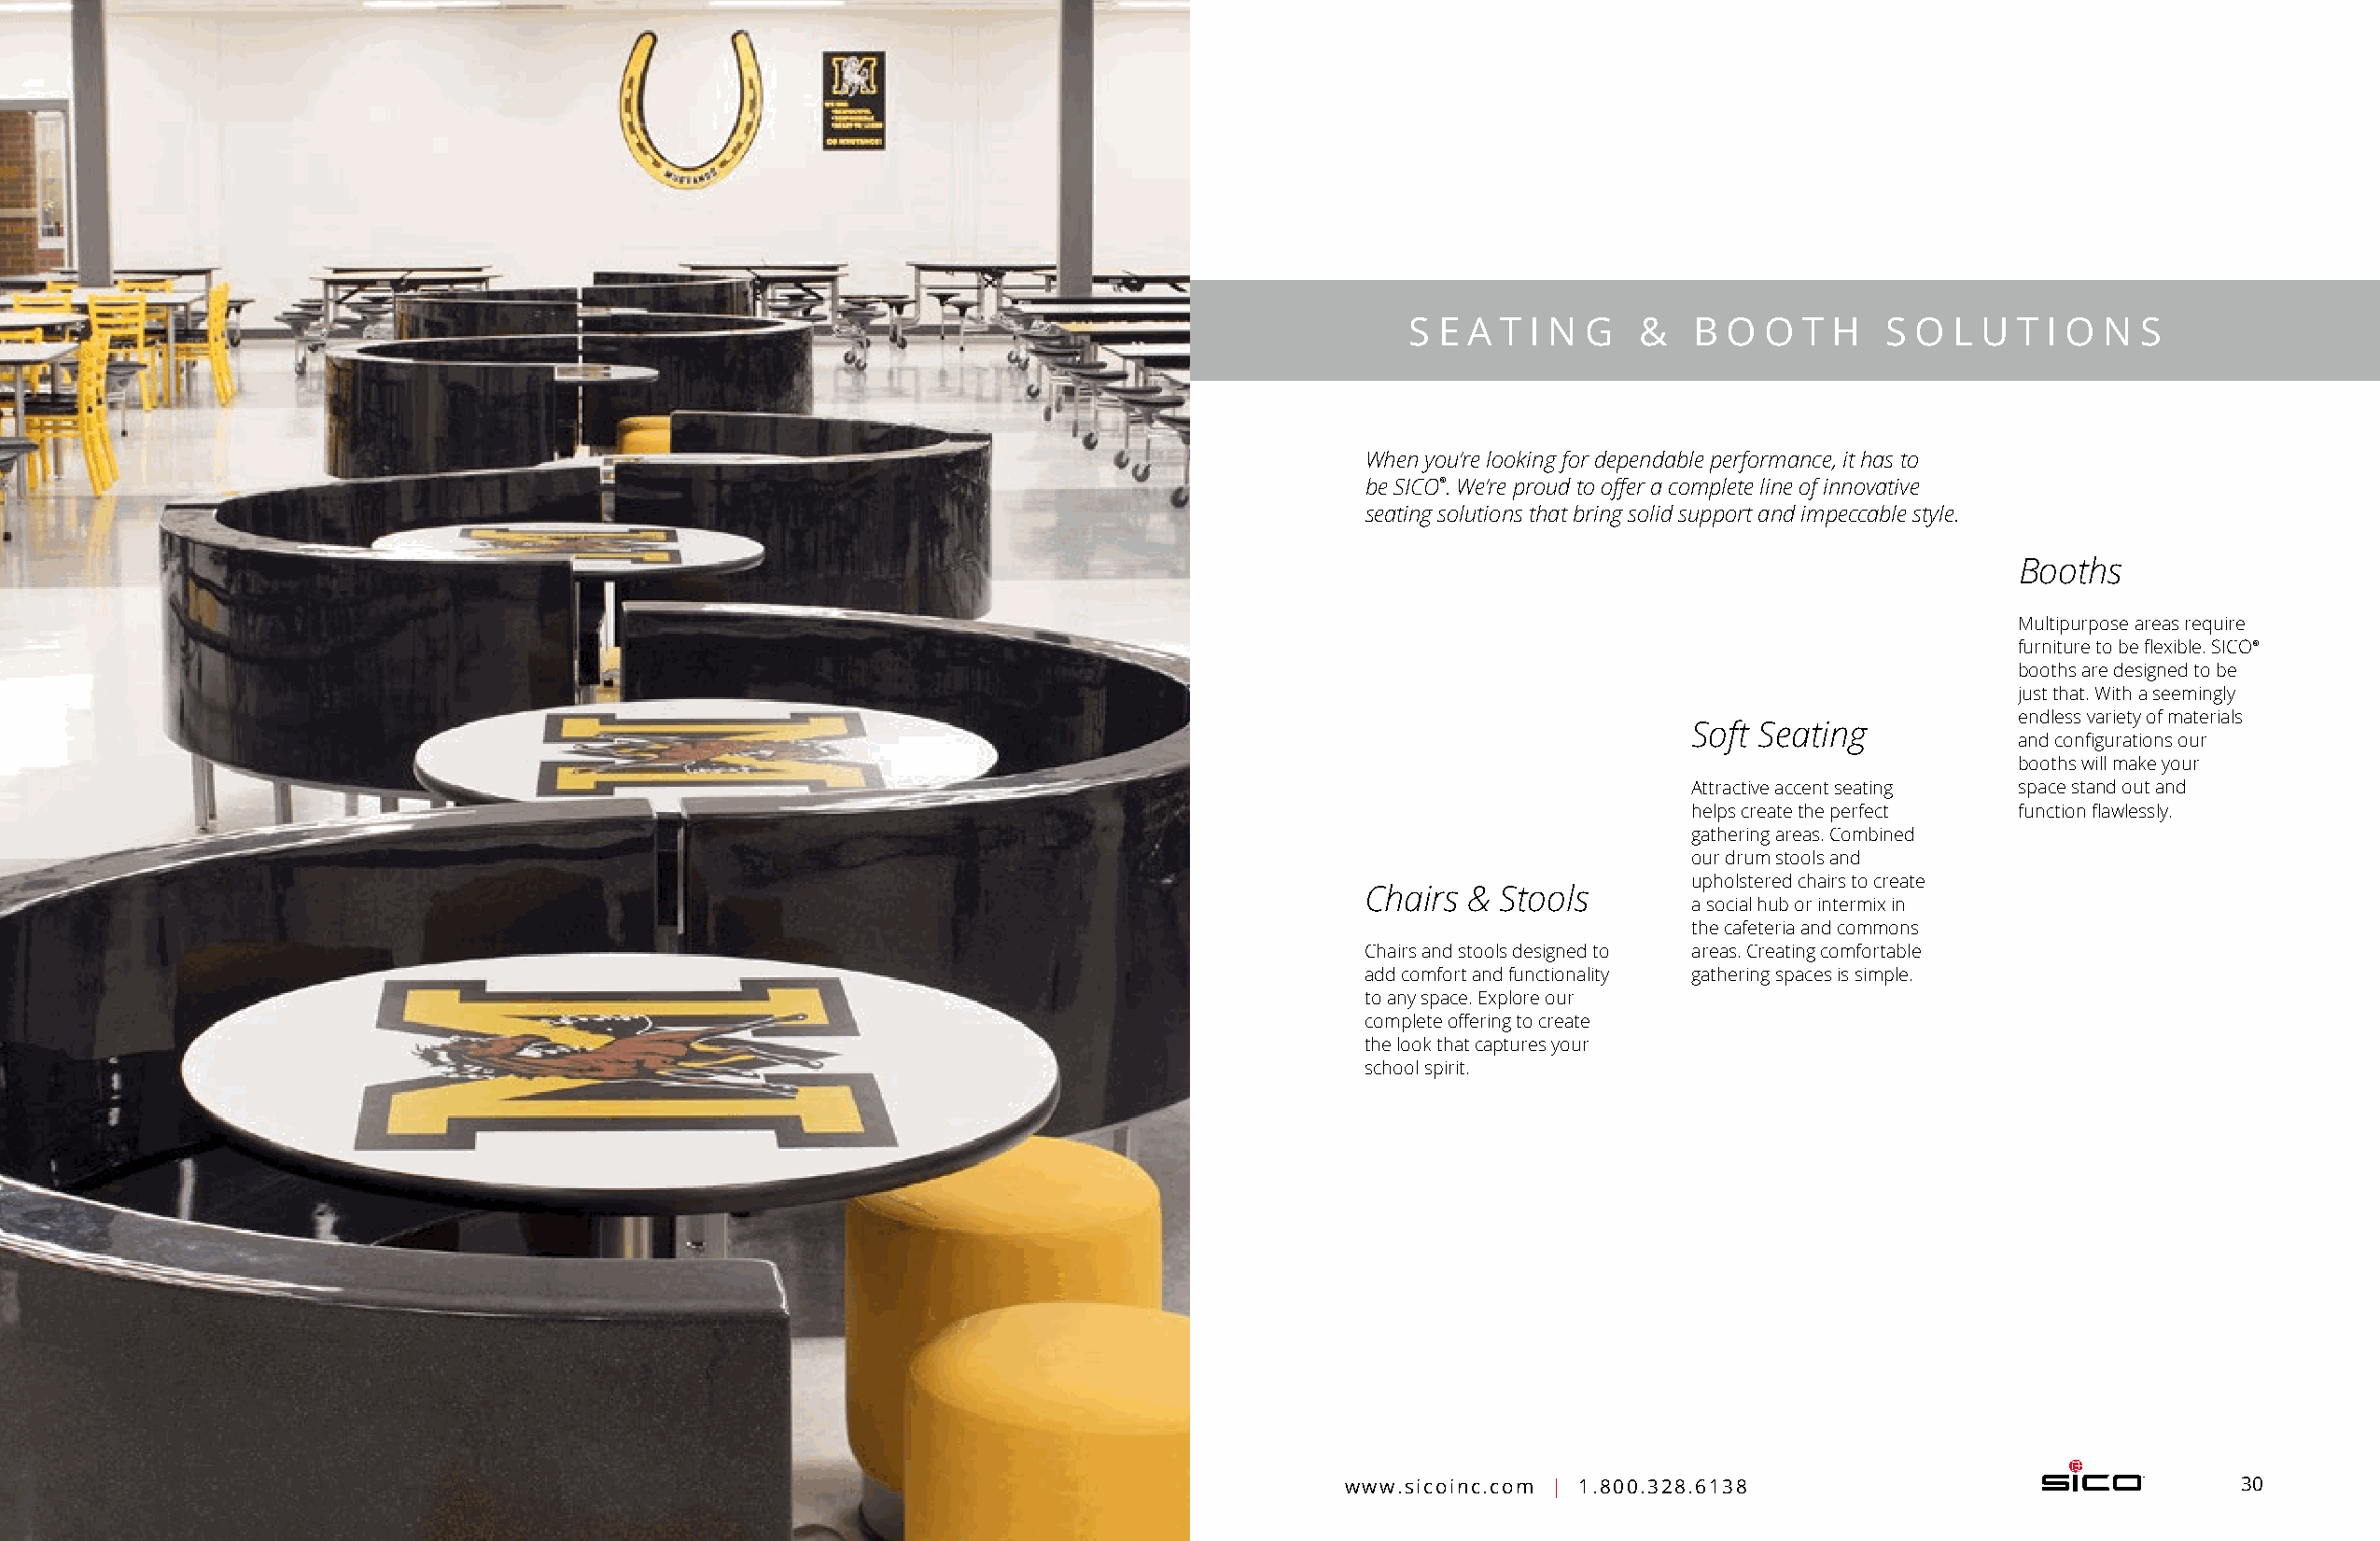
S E A T I N G   &   B O  O  T H   S O  L U T I O N  S
 When you’re looking for dependable performance, it has to
 be SICO®. We’re proud to offer a complete line of innovative
 seating solutions that bring solid support and impeccable style.
 Booths
 Multipurpose areas require
 furniture to be flexible. SICO®
 booths are designed to be
 just that. With a seemingly
 endless variety of m aterials
 Soft Seating
 and configurations our
 booths will make your
 Attractive accent seating space stand out and
 helps create the perfect function fl awlessly.
 gathering areas. C ombined
 our drum stools and
 upholstered chairs to create
 Chairs & Stools
 a social hub or intermix in
 the cafeteria and commons
 Chairs and stools d esigned to areas. Creating comfortable
 add comfort and f unctionality gathering spaces is simple.
 to any space. Explore our
 complete offering to create
 the look that captures your
 school spirit.
 29    Education - Seating & Booth Solutions                                            www.sicoinc.com | 1.800.328.6138                                30